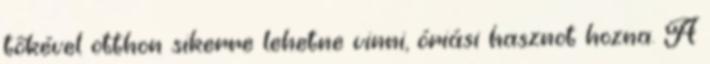
tőkével otthon sikerre lehetne vinni, óriási hasznot hozna. A